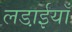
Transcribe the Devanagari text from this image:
लडा़ईयाँ